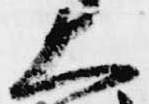
大